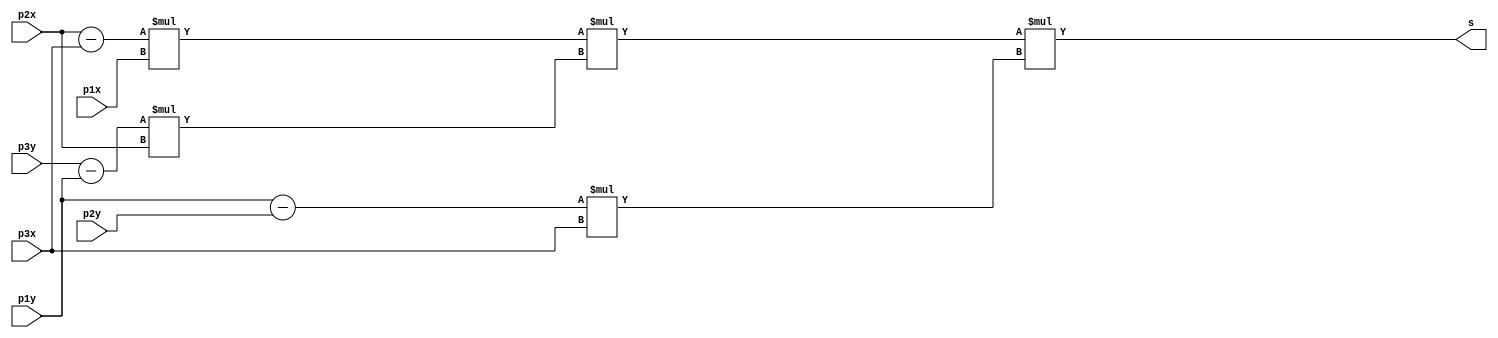
module sign(					//Declara as entradas e sadas da funo sign
		input [10:0] p1x,
		input [10:0] p1y,
		input [10:0] p2x,
		input [10:0] p2y,
		input [10:0] p3x,
		input [10:0] p3y,
		output [24:0] s
	);
	
	wire signed [11:0] t1;		//declarados fios com sinal
	wire signed [11:0] t2;
	wire signed [11:0] t3;

	wire signed [22:0] m1;		
	wire signed [22:0] m2;
	wire signed [22:0] m3;
	
	wire signed [23:0] t4;

	assign t1 = p2x - p3x;		//amarrados fios nas sadas de somadores e multiplicadores
	assign t2 = p3y - p1y;
	assign t3 = p1y - p2y;

	assign m1 = t1 * p1x;		
	assign m2 = t2 * p2x;
	assign m3 = t3 * p3x;

	assign t4 = m1 * m2;
	
	assign s = t4 * m3;

endmodule

module triangle(				//declara as entradas e sadas da funo triangle
		input [10:0] ptx,
		input [10:0] pty,
		input [10:0] p1x,
		input [10:0] p1y,
		input [10:0] p2x,
		input [10:0] p2y,
		input [10:0] p3x,
		input [10:0] p3y,
		output inside
	);

	wire signed [24:0] s1;		//declara fios da funo
	wire signed [24:0] s2;
	wire signed [24:0] s3;
	wire signed [24:0] s4;
	wire signed [26:0] soma1;
	wire signed [26:0] soma2;

	sign S1(ptx, pty, p1x, p1y, p2x, p2y, s1);	//chama a funo sign para casa um dos triangulos
	sign S2(ptx, pty, p2x, p2y, p3x, p3y, s2);
	sign S3(ptx, pty, p3x, p3y, p1x, p1y, s3);
	sign S4(p1x, p1y, p2x, p2y, p3x, p3y, s4);

	assign soma1 = s1 + s2;
	assign soma2 = soma1 + s3;
	assign inside = soma2 == s4;

endmodule

module test(
	);

	wire sinal;
	reg [10:0] ptx;
	reg [10:0] pty;
	reg [10:0] p1x;
	reg [10:0] p1y;
	reg [10:0] p2x;
	reg [10:0] p2y;
	reg [10:0] p3x;
	reg [10:0] p3y;

	triangle A(
		ptx,
		pty,
		p1x,
		p1y,
		p2x,
		p2y,
		p3x,
		p3y,
		sinal
	);

	initial begin
		$dumpvars(0, sinal);
		
		#1;
		ptx <=  5;
		pty <= 23;
		p1x <=  2;
		p1y <= 23;
		p2x <=  1;
		p2y <= 25;
		p3x <=  6;
		p3y <= 25;

		#2;
		ptx <= 11;
		pty <= 23;
		p1x <= 10;
		p1y <= 22;
		p2x <= 10;
		p2y <= 25;
		p3x <= 13;
		p3y <= 22;

		#3;
		ptx <=  7;
		pty <= 18;
		p1x <=  5;
		p1y <= 16;
		p2x <=  4;
		p2y <= 21;
		p3x <=  9;
		p3y <= 19;

		#4;
		ptx <= 16;
		pty <= 16;
		p1x <= 10;
		p1y <= 12;
		p2x <= 13;
		p2y <= 19;
		p3x <= 18;
		p3y <= 13;

		#5;
		ptx <= 17;
		pty <=  6;
		p1x <=  1;
		p1y <=  6;
		p2x <=  4;
		p2y <= 14;
		p3x <= 17;
		p3y <=  5;

		#6
		$finish;

	end

endmodule